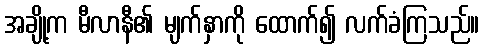
အချို့က မီလာနီ၏ မျက်နှာကို ထောက်၍ လက်ခံကြသည်။